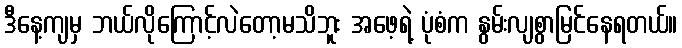
ဒီနေ့ကျမှ ဘယ်လိုကြောင့်လဲတော့မသိဘူး အဖေ့ရဲ့ ပုံစံက နွမ်းလျစွာမြင်နေရတယ်။